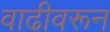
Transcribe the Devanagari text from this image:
वाढीवरून